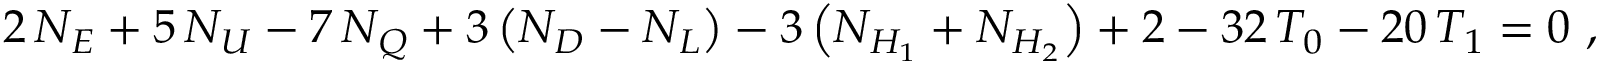
2 \, N _ { E } + 5 \, N _ { U } - 7 \, N _ { Q } + 3 \left( N _ { D } - N _ { L } \right) - 3 \left( N _ { H _ { 1 } } + N _ { H _ { 2 } } \right) + 2 - 3 2 \, T _ { 0 } - 2 0 \, T _ { 1 } = 0 \ ,